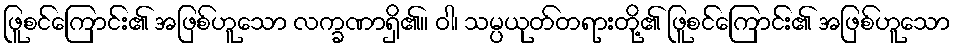
ဖြူစင်ကြောင်း၏ အဖြစ်ဟူသော လက္ခဏာရှိ၏။ ဝါ၊ သမ္ပယုတ်တရားတို့၏ ဖြူစင်ကြောင်း၏ အဖြစ်ဟူသော